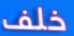
خلف